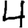
Digit: 4